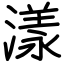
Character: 漾